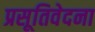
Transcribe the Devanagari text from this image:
प्रसूतिवेदना